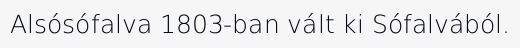
Alsósófalva 1803-ban vált ki Sófalvából.